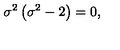
\sigma ^ { 2 } \left( \sigma ^ { 2 } - 2 \right) = 0 ,